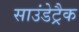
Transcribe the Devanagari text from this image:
साउंडेट्रैक